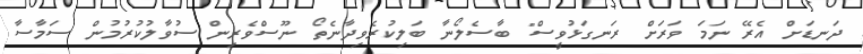
ދަނޑަށް އެރޭ ނަމަ ވަރަށް ރަނގަޅުވީސް" ބާސެލޯނާ ބަލިކުރެވިދާނެތޯ ނޫސްވެރިން ސުވާލުކުރުމުން ސަމާސާ